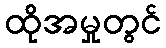
ထိုအမှုတွင်